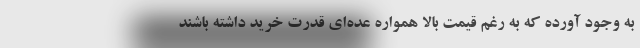
به وجود آورده که به رغم قیمت بالا همواره عده‌ای قدرت خرید داشته باشند